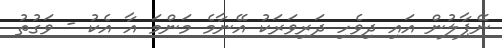
ނޭޕާލުން އައި ދިވެހި ދަރިވަރަކު އޭނާމެ މަންމަ އާ އެކު - ވަގުތު